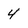
Character: 4